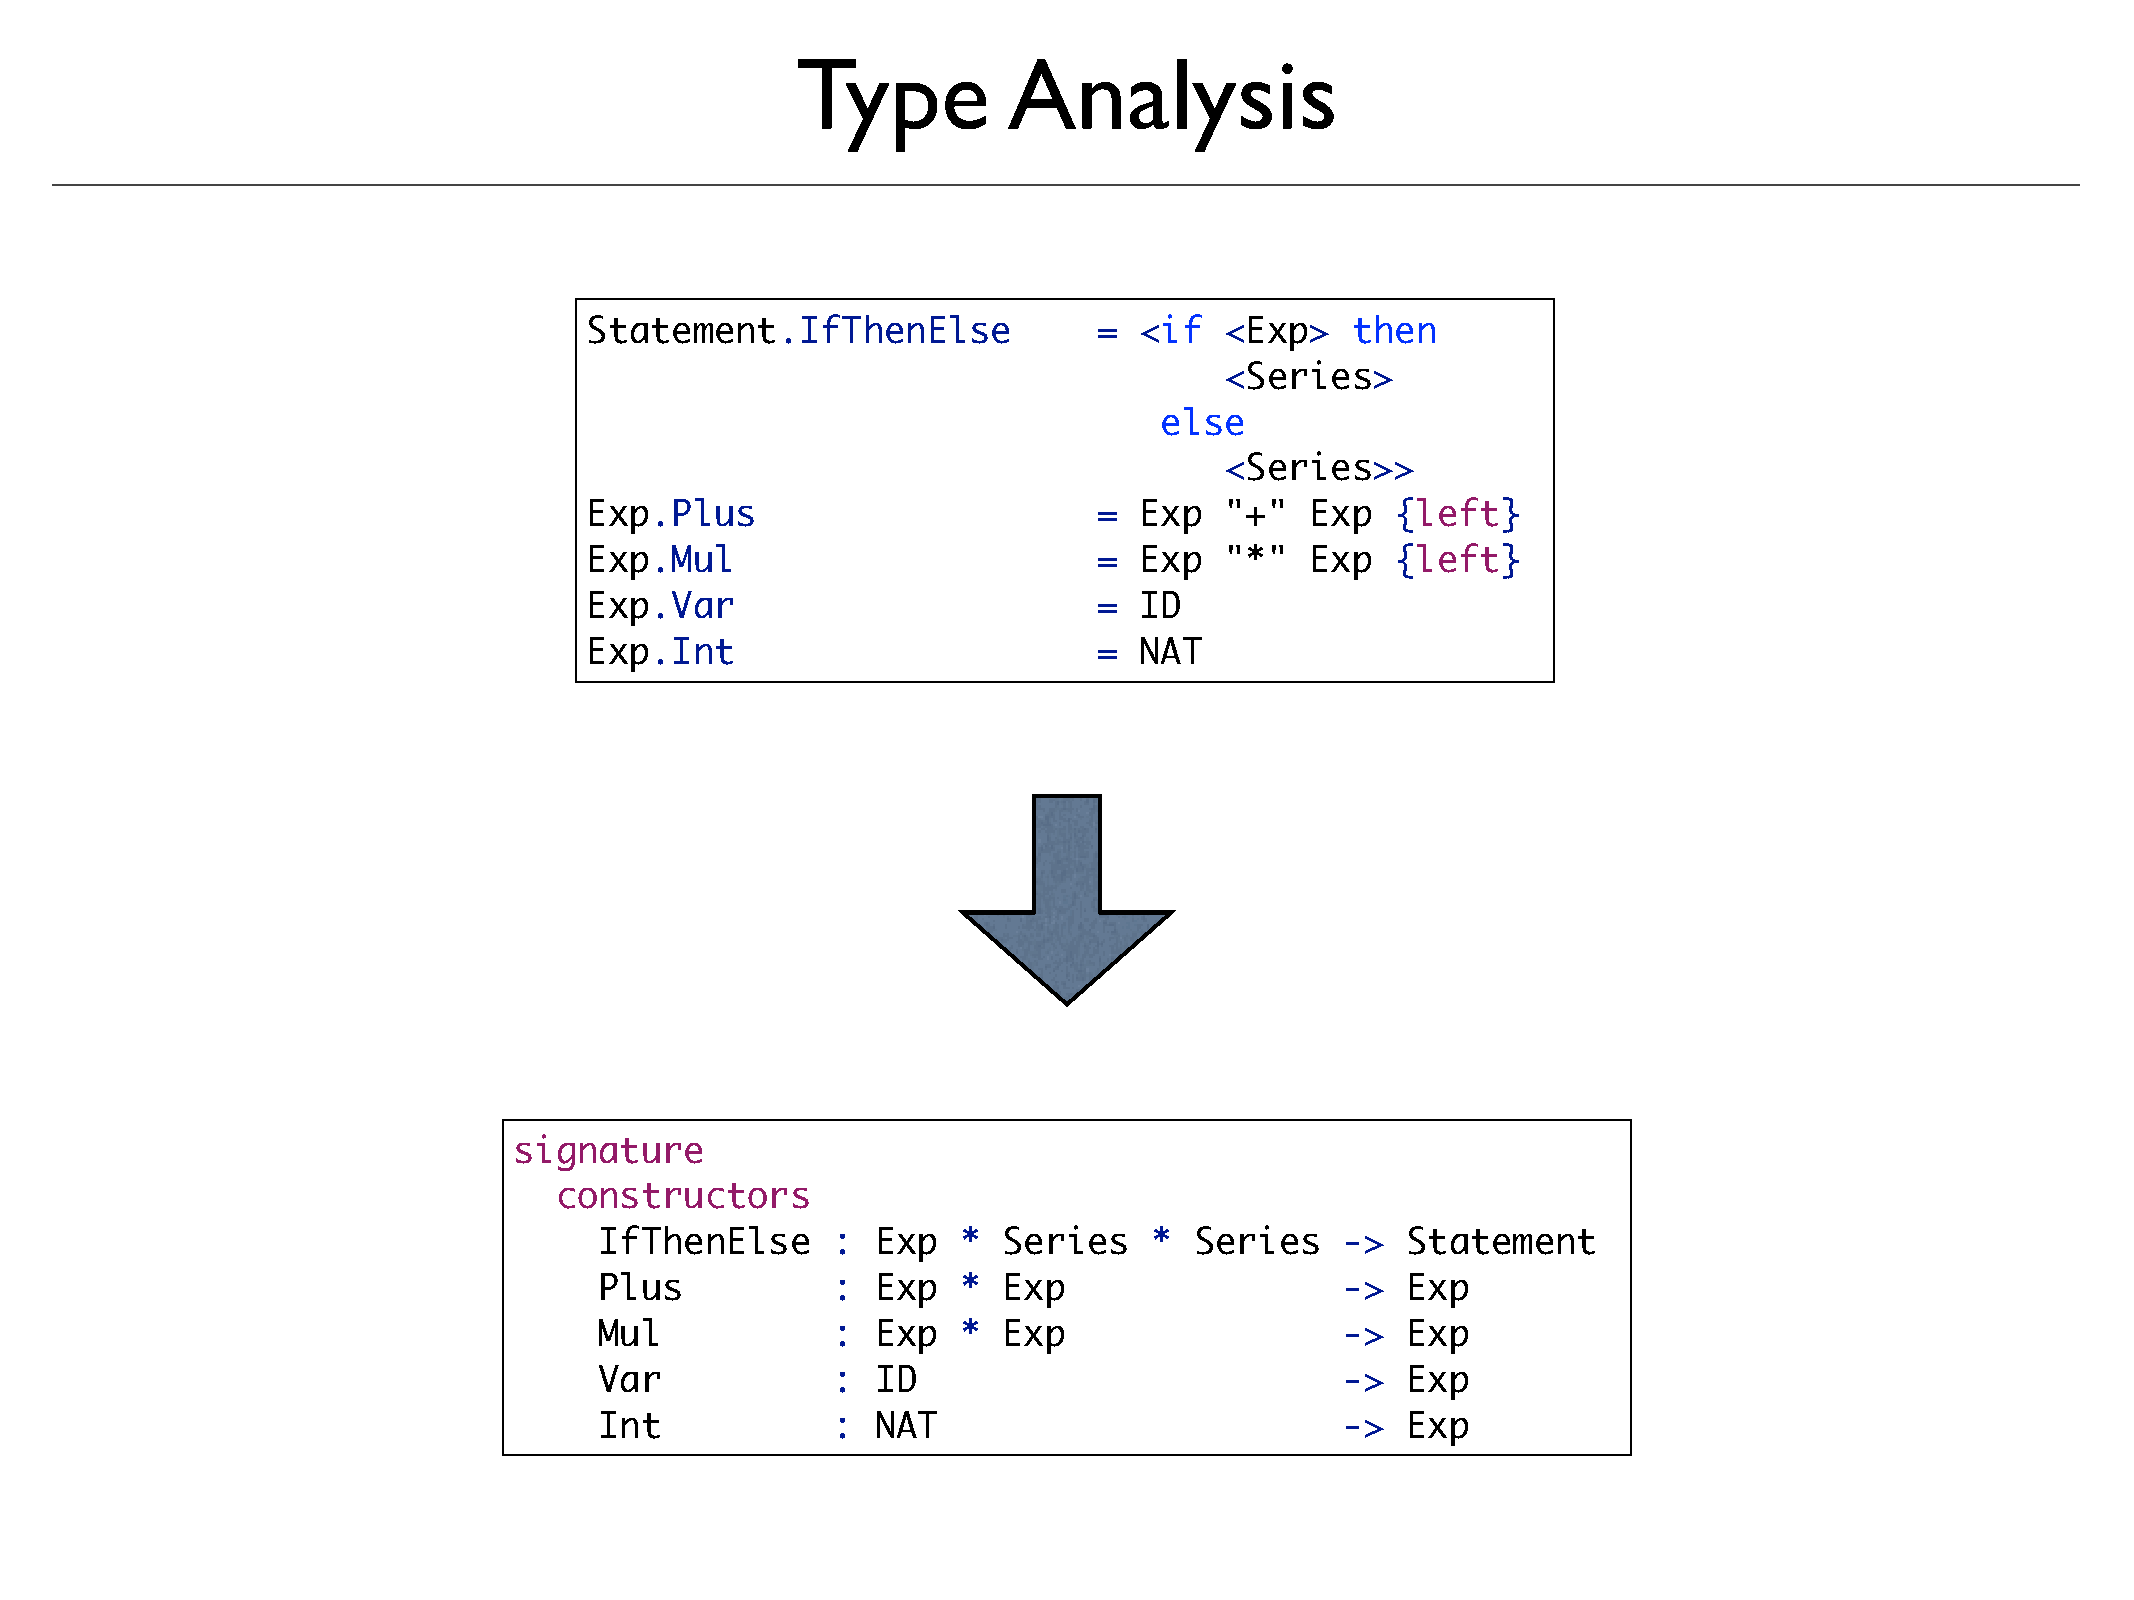
Type          Analysis
 Statement.IfThenElse              = <if   <Exp>   then
 <Series>
 else
 <Series>>
 Exp.Plus                          = Exp   "+"   Exp  {left}
 Exp.Mul                           = Exp   "*"   Exp  {left}
 Exp.Var                           = ID
 Exp.Int                           = NAT
 signature
 constructors
 IfThenElse     :  Exp   * Series    *  Series    ->  Statement
 Plus           :  Exp   * Exp                    ->  Exp
 Mul            :  Exp   * Exp                    ->  Exp
 Var            :  ID                             ->  Exp
 Int            :  NAT                            ->  Exp